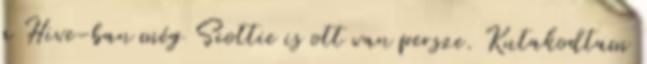
a Hive-ban még Scottie is ott van persze. Kutakodtam